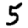
Digit: 5